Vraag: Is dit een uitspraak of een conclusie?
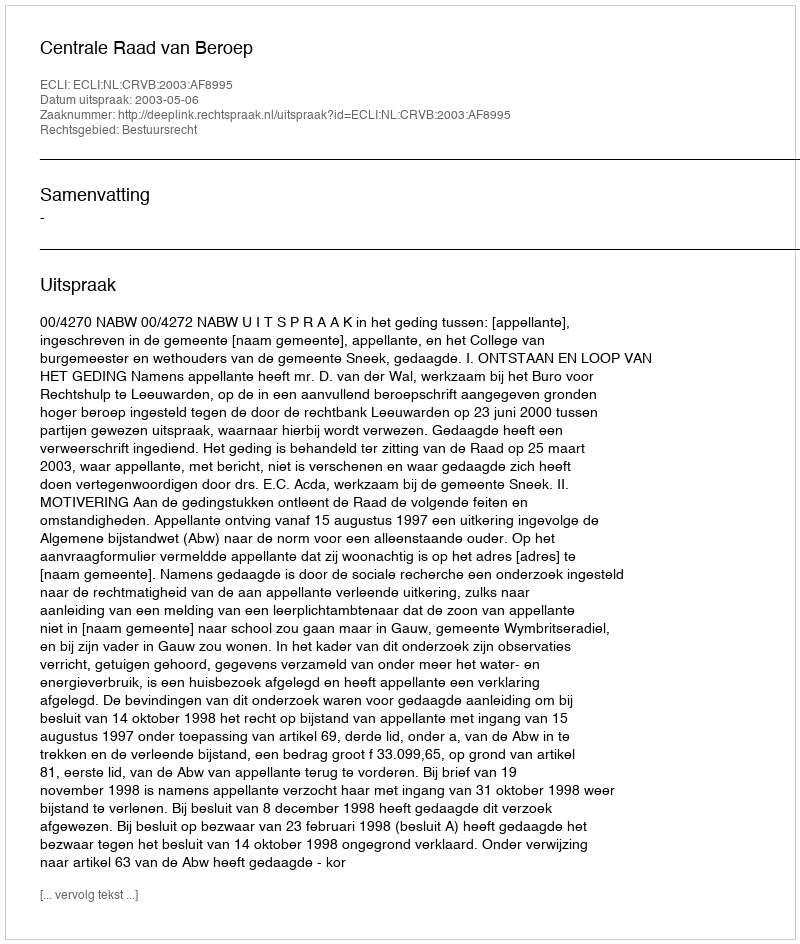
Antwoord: Uitspraak